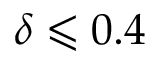
\delta \leqslant 0 . 4